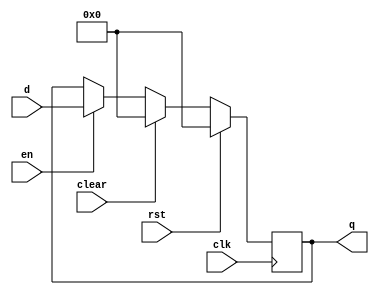
`timescale 1ns / 1ps

module flopenrc #(parameter WIDTH = 8)(
	input wire clk,rst,en,clear,
	input wire[WIDTH-1:0] d,
	output reg[WIDTH-1:0] q
    );
	always @(posedge clk) begin
		if(rst) begin
			q <= 0;
		end else if(clear) begin
			q <= 0;
		end else if(en) begin
			/* code */
			q <= d;
		end
	end
endmodule